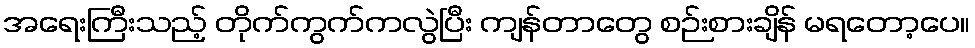
အရေးကြီးသည့် တိုက်ကွက်ကလွဲပြီး ကျန်တာတွေ စဉ်းစားချိန် မရတော့ပေ။